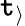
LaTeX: \mathtt{t}_{\rangle}